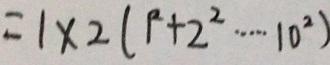
= 1 \times 2 ( 1 ^ { 2 } + 2 ^ { 2 } \cdots 1 0 ^ { 2 } )